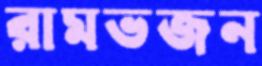
রামভজন